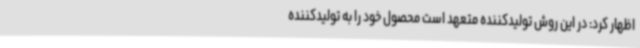
اظهار کرد: در این روش تولیدکننده متعهد است محصول خود را به تولیدکننده